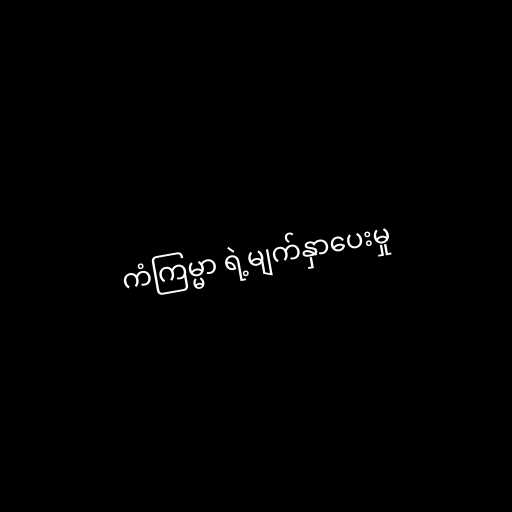
ကံကြမ္မာ ရဲ့မျက်နှာပေးမှု